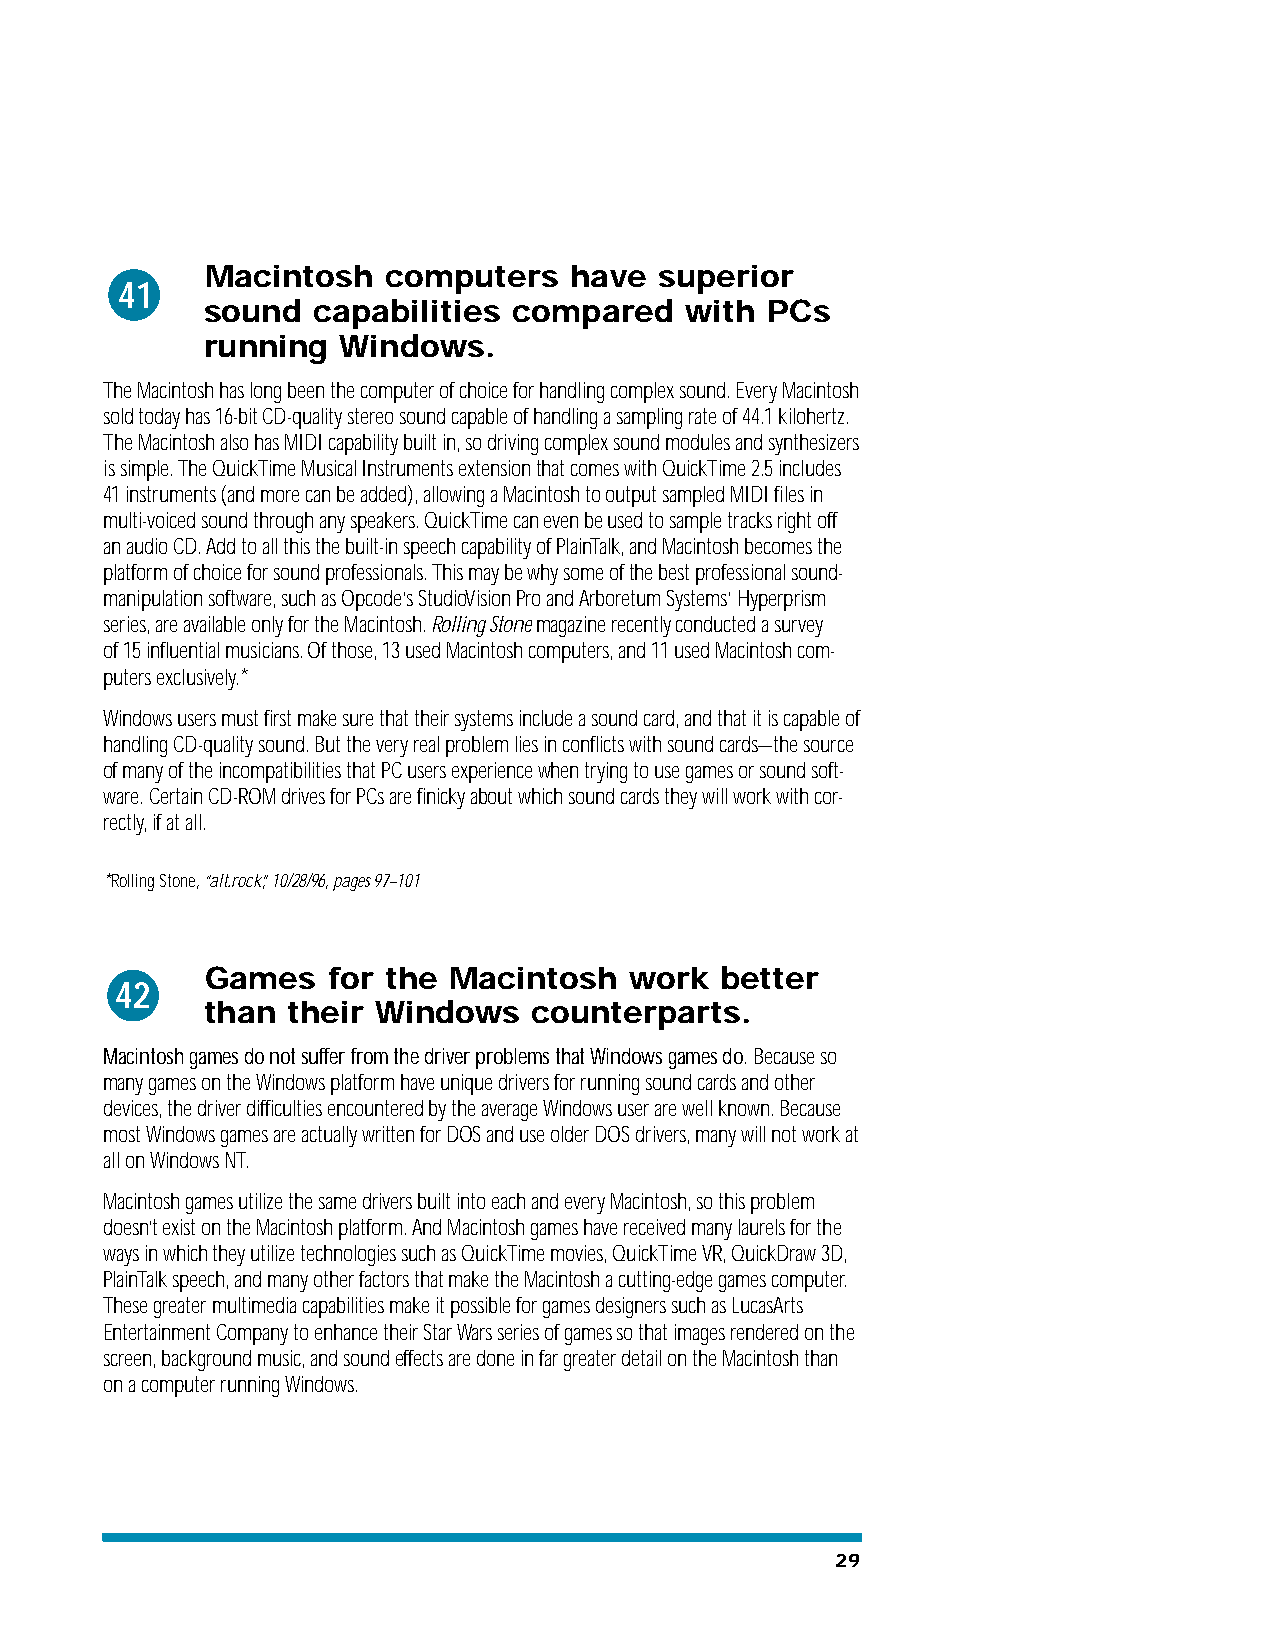
Macintosh   computers   have  superior
 41
 sound   capabilities compared   with  PCs
 running  Windows.
 The Macintosh has long been the computer of choice for handling complex sound. Every Macintosh
 sold today has 16-bit CD-quality stereo sound capable of handling a sampling rate of 44.1 kilohertz.
 The Macintosh also has MIDI capability built in, so driving complex sound modules and synthesizers
 is simple. The QuickTime Musical Instruments extension that comes with QuickTime 2.5 includes
 41 instruments (and more can be added), allowing a Macintosh to output sampled MIDI files in
 multi-voiced sound through any speakers. QuickTime can even be used to sample tracks right off
 an audio CD. Add to all this the built-in speech capability of PlainTalk, and Macintosh becomes the
 platform of choice for sound professionals. This may be why some of the best professional sound-
 manipulation software, such as Opcode’s StudioVision Pro and Arboretum Systems’ Hyperprism
 series, are available only for the Macintosh. Rolling Stone magazine recently conducted a survey
 of 15 influential musicians. Of those, 13 used Macintosh computers, and 11 used Macintosh com-
 puters exclusively.*
 Windows users must first make sure that their systems include a sound card, and that it is capable of
 handling CD-quality sound. But the very real problem lies in conflicts with sound cards—the source
 of many of the incompatibilities that PC users experience when trying to use games or sound soft-
 ware. Certain CD-ROM drives for PCs are finicky about which sound cards they will work with cor-
 rectly, if at all.
 *Rolling Stone, “alt.rock,” 10/28/96, pages 97–101
 Games   for the Macintosh   work  better
 42
 than  their Windows   counterparts.
 Macintosh games do not suffer from the driver problems that Windows games do. Because so
 many games on the Windows platform have unique drivers for running sound cards and other
 devices, the driver difficulties encountered by the average Windows user are well known. Because
 most Windows games are actually written for DOS and use older DOS drivers, many will not work at
 all on Windows NT.
 Macintosh games utilize the same drivers built into each and every Macintosh, so this problem
 doesn’t exist on the Macintosh platform. And Macintosh games have received many laurels for the
 ways in which they utilize technologies such as QuickTime movies, QuickTime VR, QuickDraw 3D,
 PlainTalk speech, and many other factors that make the Macintosh a cutting-edge games computer.
 These greater multimedia capabilities make it possible for games designers such as LucasArts
 Entertainment Company to enhance their Star Wars series of games so that images rendered on the
 screen, background music, and sound effects are done in far greater detail on the Macintosh than
 on a computer running Windows.
 29